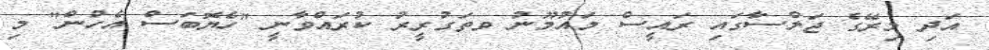
އަދި މިރޭގެ ޖަލްސާގައި ރައީސް މައުމޫނު ވތަގުރީރު ކުރައްވާނީ "ހެޔޮބަސް އެހުން" މި